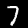
Label: 7